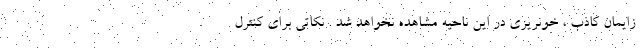
زایمان کاذب ، خونریزی در این ناحیه مشاهده نخواهد شد . نکاتی برای کنترل